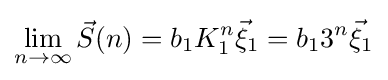
\lim _{n\to \infty }{\vec {S}}(n)=b_{1}K_{1}^{n}{\vec {\xi }}_{1}=b_{1}3^{n}{\vec {\xi }}_{1}